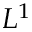
L ^ { 1 }